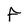
Character: F